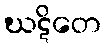
ဃဋိတေ